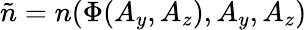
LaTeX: \tilde{n}=n(\Phi(A_{y},A_{z}),A_{y},A_{z})